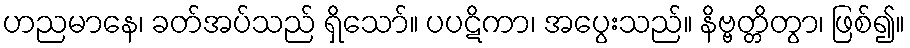
ဟညမာနေ၊ ခတ်အပ်သည် ရှိသော်။ ပပဋိကာ၊ အပွေးသည်။ နိဗ္ဗတ္တိတွာ၊ ဖြစ်၍။